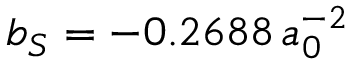
b _ { S } = - 0 . 2 6 8 8 \, a _ { 0 } ^ { - 2 }